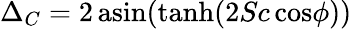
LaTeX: \Delta_{C}=2\, \mathrm{asin}(\mathrm{tanh}(2Sc\, \mathrm{cos}\phi))